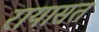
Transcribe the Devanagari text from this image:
रायासत